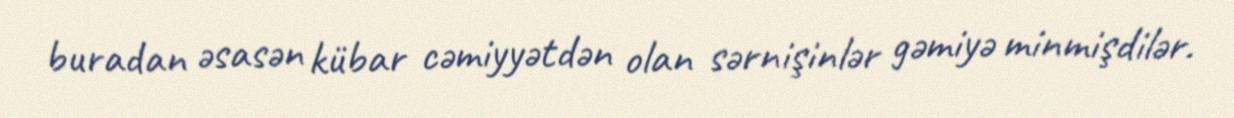
buradan əsasən kübar cəmiyyətdən olan sərnişinlər gəmiyə minmişdilər.